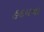
હદયના